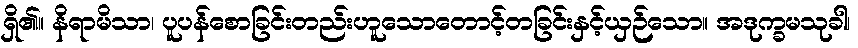
ရှိ၏။ နိရာမိသာ၊ ပူပန်စောခြင်းတည်းဟူသောတောင့်တခြင်းနှင့်ယှဉ်သော။ အဒုက္ခမသုခါ၊